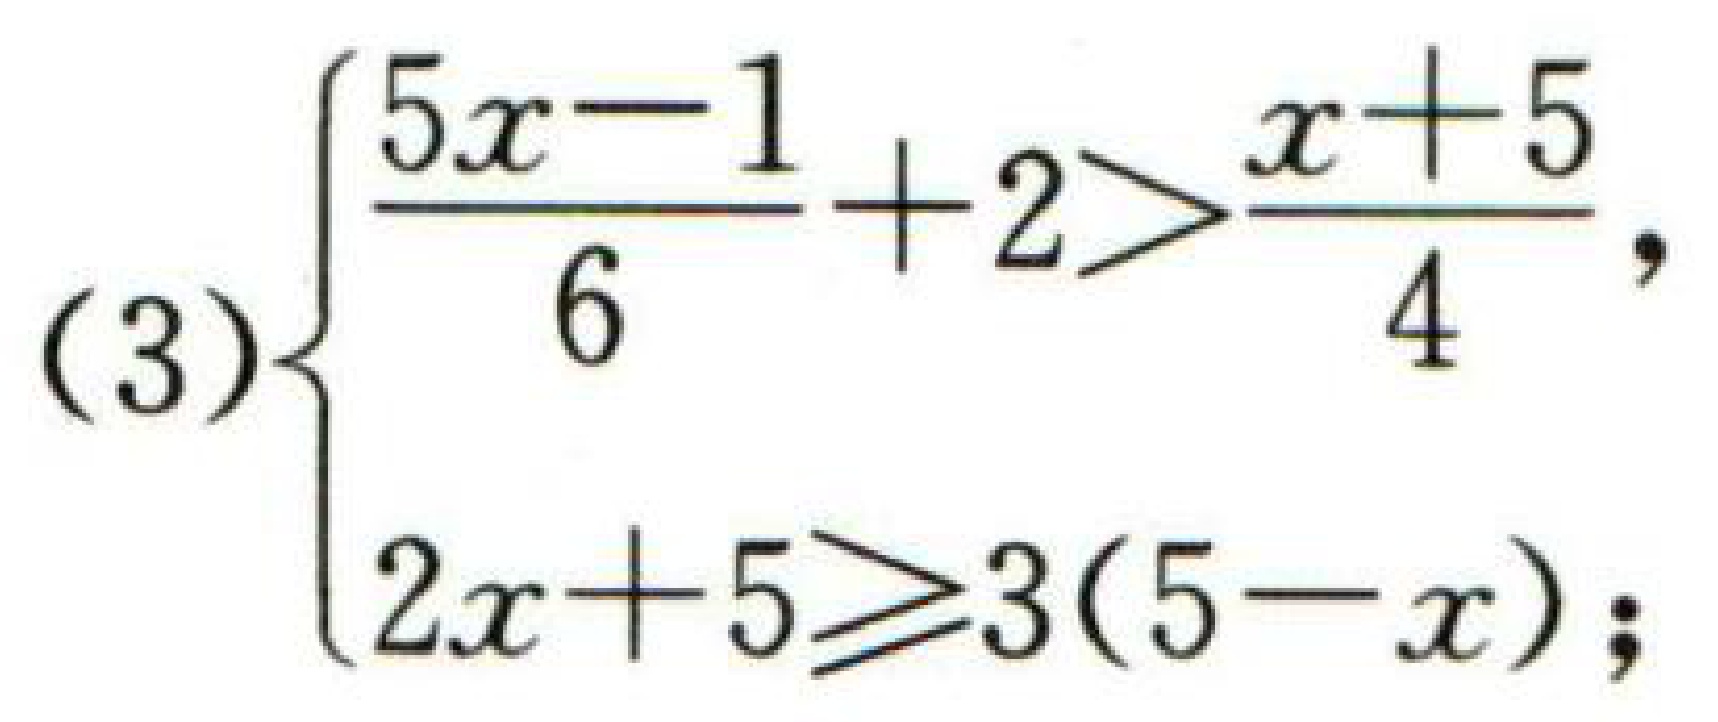
\[(3)\begin{cases}

\frac{5x - 1}{6}+2>\frac{x + 5}{4}\\

2x + 5\geqslant3(5 - x)

\end{cases}\]